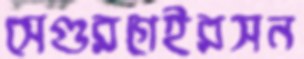
সেগুরগেইরসন